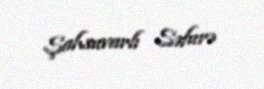
Şahsuvarlı Səfurə